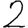
Digit: 2